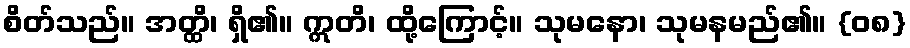
စိတ်သည်။ အတ္ထိ၊ ရှိ၏။ ဣတိ၊ ထို့ကြောင့်။ သုမနော၊ သုမနမည်၏။ {၀၈}